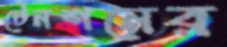
টেনশনের